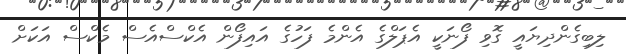
ލިބިގެންދިޔައީ ގޮވި ފޯނަކީ އެޕަލްގެ އެންމެ ފަހުގެ އައިފޯން އެކްސްއެސް މެކްސް އަކަށް